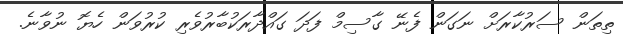
ތިތަން ސަރުކާރަށް ނަގަން ފެނޭ ގާސިމް ފަދަ ގައްދާރަކުބާރުވެރި ކުރުވަން ހެޔޮ ނުވާނެ.